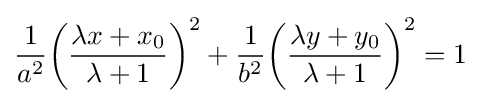
{\frac {1}{a^{2}}}{\bigg (}{\frac {\lambda x+x_{0}}{\lambda +1}}{\bigg )}^{2}+{\frac {1}{b^{2}}}{\bigg (}{\frac {\lambda y+y_{0}}{\lambda +1}}{\bigg )}^{2}=1